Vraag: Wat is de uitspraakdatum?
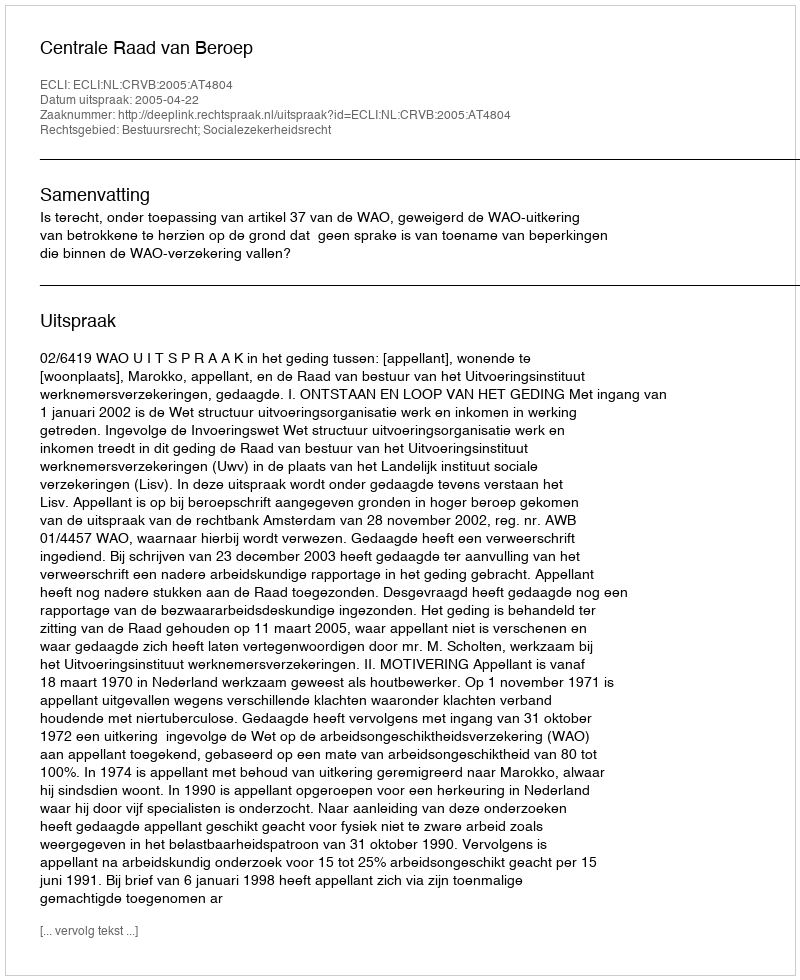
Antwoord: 2005-04-22